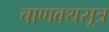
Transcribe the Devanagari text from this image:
चाणक्यसूत्र